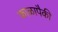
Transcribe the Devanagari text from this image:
काळापैकी